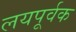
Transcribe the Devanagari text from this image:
लयपूर्वक